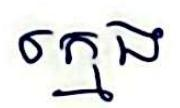
ក្មេង